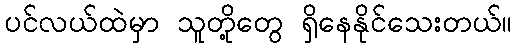
ပင်လယ်ထဲမှာ သူတို့တွေ ရှိနေနိုင်သေးတယ်။